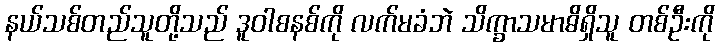
နယ်သစ်တည်သူတို့သည် ဒူဝါစနစ်ကို လက်မခံဘဲ သိက္ခာသမာဓိရှိသူ တစ်ဦးကို